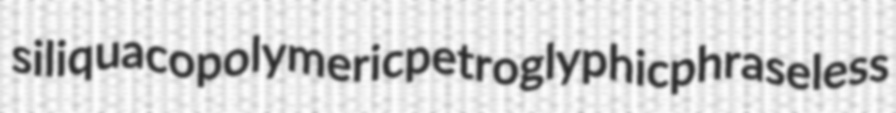
siliqua copolymeric petroglyphic phraseless